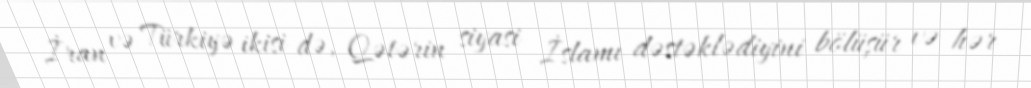
İran və Türkiyə ikisi də, Qətərin siyasi İslamı dəstəklədiyini bölüşür və hər